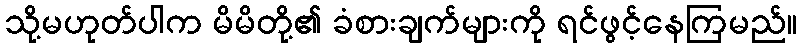
သို့မဟုတ်ပါက မိမိတို့၏ ခံစားချက်များကို ရင်ဖွင့်နေကြမည်။